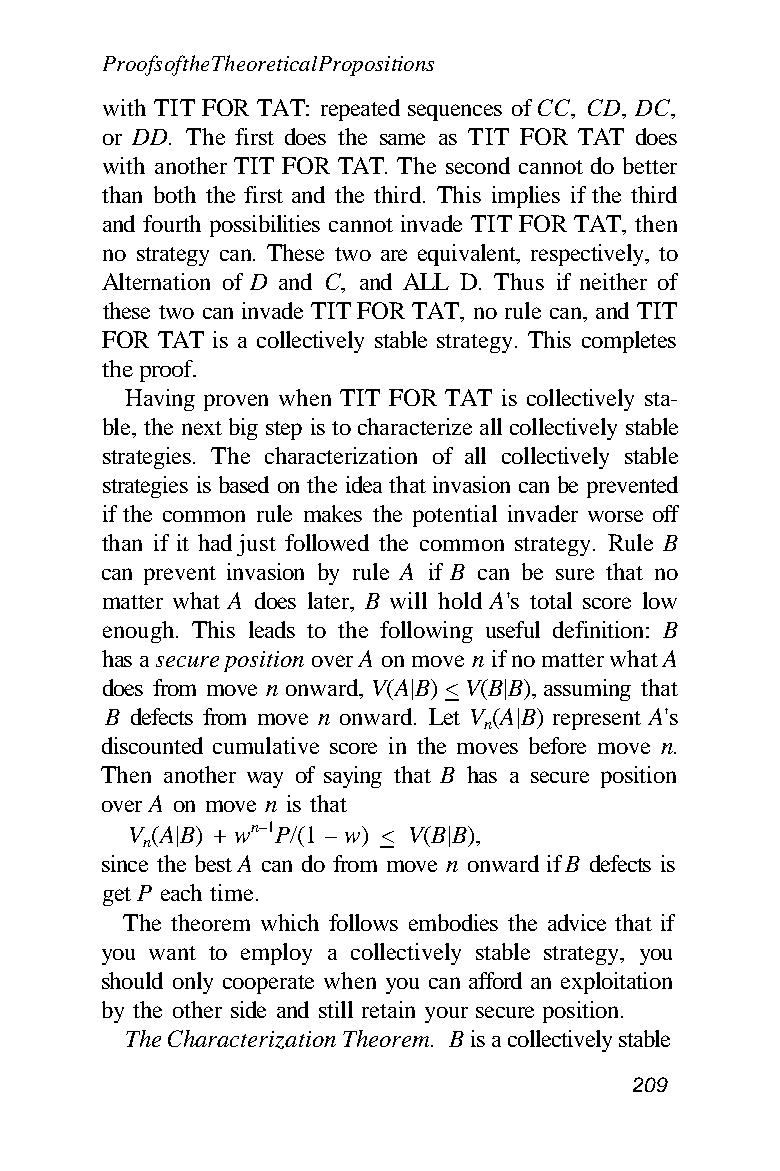
Proofs of the Theoretical Propositions
 with TIT FOR TAT: repeated sequences of CC, CD, DC,
 or DD. The first does the same as TIT FOR TAT does
 with another TIT FOR TAT. The second cannot do better
 than both the first and the third. This implies if the third
 and fourth possibilities cannot invade TIT FOR TAT, then
 no strategy can. These two are equivalent, respectively, to
 Alternation of D and C, and ALL D. Thus if neither of
 these two can invade TIT FOR TAT, no rule can, and TIT
 FOR TAT is a collectively stable strategy. This completes
 the proof.
 Having proven when TIT FOR TAT is collectively sta-
 ble, the next big step is to characterize all collectively stable
 strategies. The characterization of all collectively stable
 strategies is based on the idea that invasion can be prevented
 if the common rule makes the potential invader worse off
 than if it had just followed the common strategy. Rule B
 can prevent invasion by rule A if B can be sure that no
 matter what A does later, B will hold A's total score low
 enough. This leads to the following useful definition: B
 has a secure position over A on move n if no matter what A
 does from move n onward, V(A|B) < V(B|B), assuming that
 B defects from move n onward. Let V (A|B) represent A's
 n
 discounted cumulative score in the moves before move n.
 Then another way of saying that B has a secure position
 over A on move n is that
 V (A|B) + wn–1P/(1 – w) < V(B|B),
 n
 since the best A can do from move n onward if B defects is
 get P each time.
 The theorem which follows embodies the advice that if
 you want to employ a collectively stable strategy, you
 should only cooperate when you can afford an exploitation
 by the other side and still retain your secure position.
 The Characterization Theorem. B is a collectively stable
 209